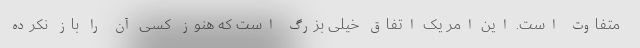
متفاوت است. این امر یک اتفاق خیلی بزرگ است که هنوز کسی آن را باز نکرده